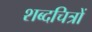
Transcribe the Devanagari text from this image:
शब्दचित्रों